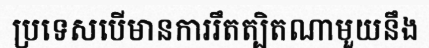
ប្រទេសបើមានការរឹតត្បិតណាមួយនឹង